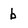
Character: b